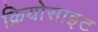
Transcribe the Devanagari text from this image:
क्रियोसाइट